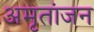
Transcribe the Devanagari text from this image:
अमृतांजन